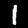
Label: 1